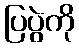
ပြပွဲကို